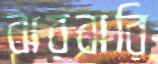
ঝরঝরি